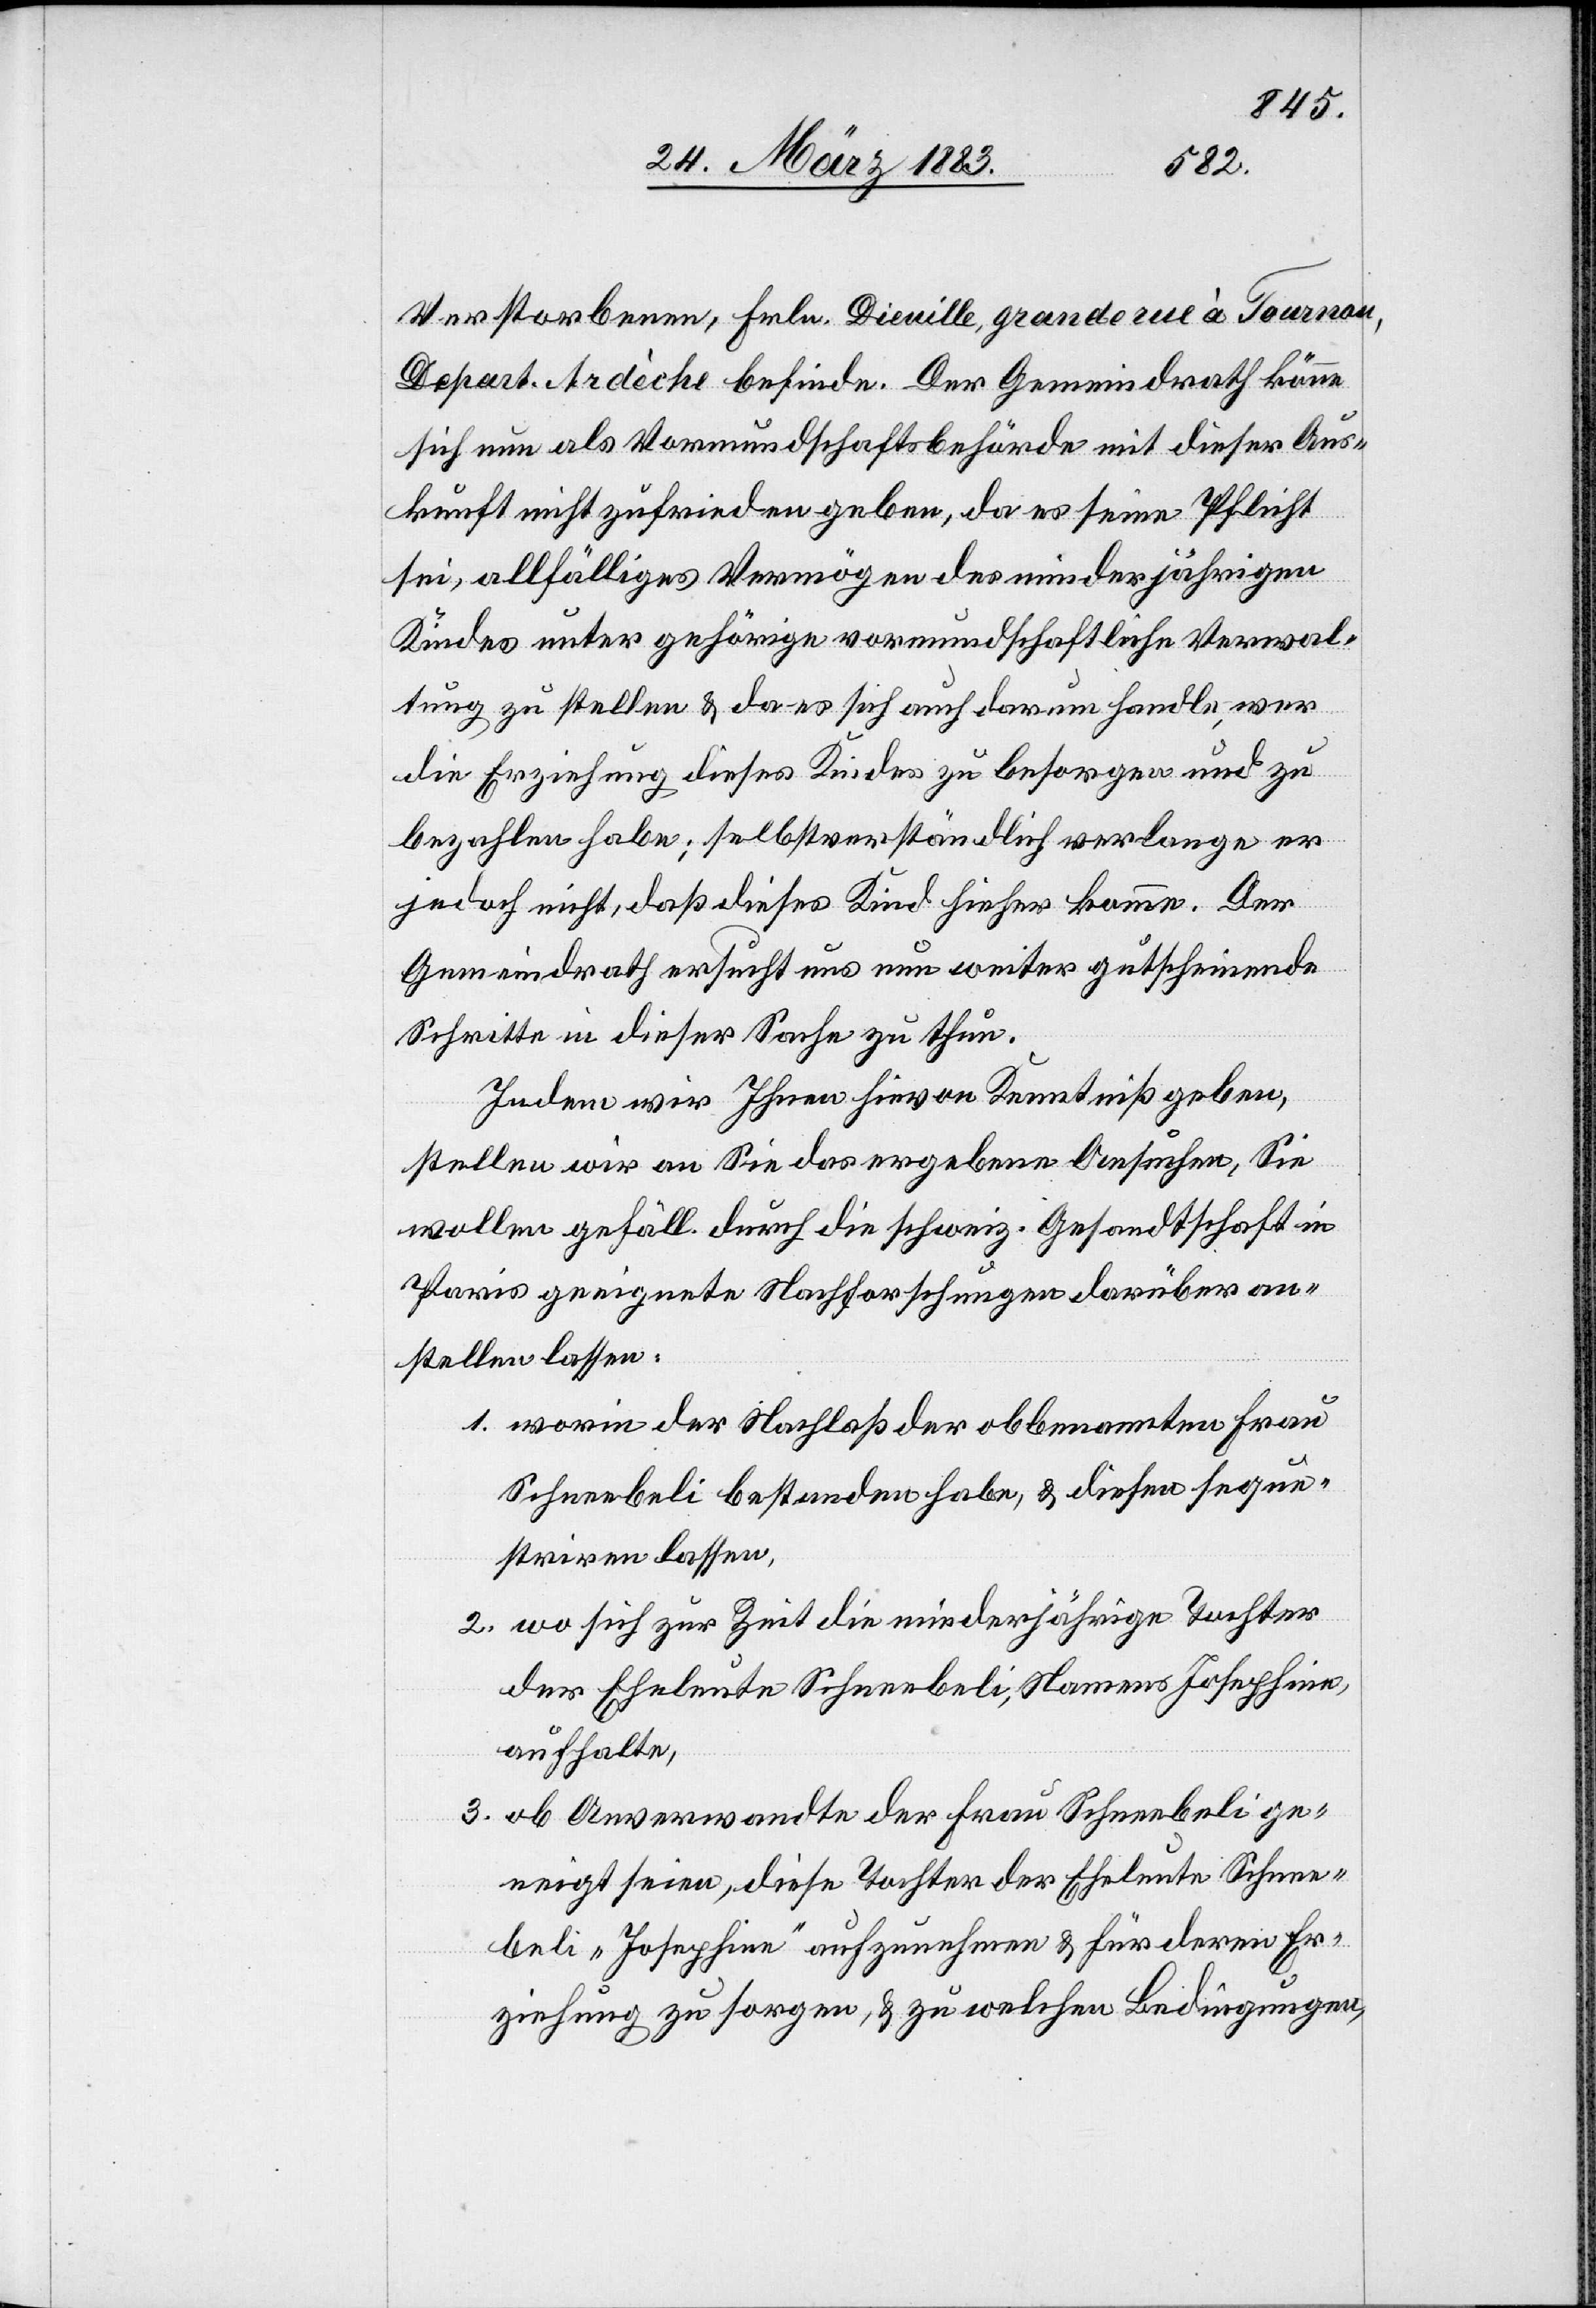
Verstorbenen, Frln. Dieuille, Grande rue à Tournau,
Depart. Ardèche, befinde. Der Gemeindrath könne
sich nun als Vormundschaftsbehörde mit dieser Aus¬
kunft nicht zufrieden geben, da es seine Pflicht
sei, allfälliges Vermögen des minderjährigen
Kindes unter gehörige vormundschaftliche Verwal¬
tung zu stellen & da es sich auch darum handle, wer
die Erziehung dieses Kindes zu besorgen und zu
bezahlen habe; selbstverständlich verlange er
jedoch nicht, daß dieses Kind hieher komme. Der
Gemeindrath ersucht uns nun weiter gutfindende
Schritte in dieser Sache zu thun.
Indem wir Ihnen hievon Kenntniß geben,
stellen wir an Sie das ergebene Ansuchen, Sie
wollen gefäll. durch die schweiz. Gesandtschaft in
Paris geeignete Nachforschungen darüber an¬
stellen lassen:
1. worin der Nachlaß der obbenannten Frau
Schneebeli bestanden habe, & diesen seque¬
striren lassen,
2. wo sich zur Zeit die minderjährige Tochter
der Eheleute Schneebeli, Namens Josephine,
aufhalte,
3. ob Anverwandte der Frau Schneebeli ge¬
neigt seien, diese Tochter der Eheleute Schnee¬
beli „Josephine“ aufzunehmen & für deren Er¬
ziehung zu sorgen, & zu welchen Bedingungen,